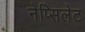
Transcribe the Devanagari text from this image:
नेप्सिलेट